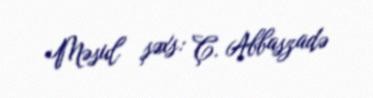
Məsul şəxs: Ç. Abbaszadə